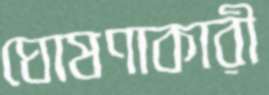
ঘোষণাকারী